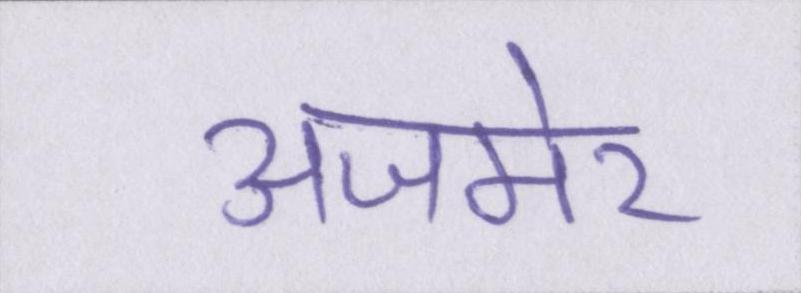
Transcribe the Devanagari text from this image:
अजमेर